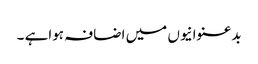
بدعنوانیوں میں اضافہ ہواہے ۔